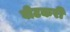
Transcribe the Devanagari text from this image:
वीटकरी